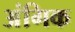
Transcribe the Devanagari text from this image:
अंगिक